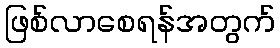
ဖြစ်လာစေရန်အတွက်